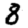
Digit: 8